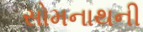
સોમનાથની